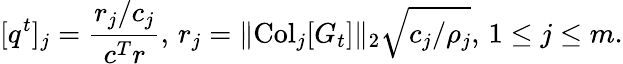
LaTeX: [q^{t}]_{j}={\frac{r_{j}/c_{j}}{c^{T}r}},\, r_{j}=\| {\mathrm{Col}}_{j}[G_{t}]\| _{2}\sqrt{c_{j}/\rho_{j}},\, 1\leq j\leq m.